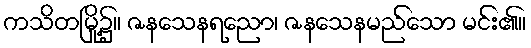
ကသိတမြို့၌။ ဇနသေနရညော၊ ဇနသေနမည်သော မင်း၏။